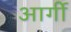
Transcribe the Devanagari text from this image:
आर्गी